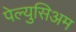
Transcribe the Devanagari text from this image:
पेल्युसिअम